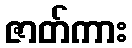
ဇာတ်ကား